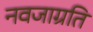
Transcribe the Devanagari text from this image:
नवजाग्रति